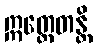
ဣတ္ထေတန္တိ